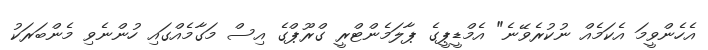
އެހެންވީމަ އެކަމެއް ނުކުރެވޭނެ" އެމްޑީޕީގެ ޕާލަމެންޓްރީ ގްރޫޕްގެ އިސް މަގާމެއްގައި ހުންނެވި މެންބަރަކު